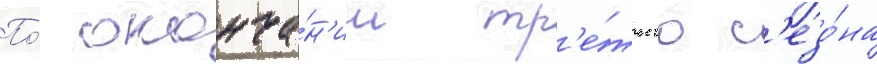
По́ оконча́н'ии тр'е́тьего с'езо́на